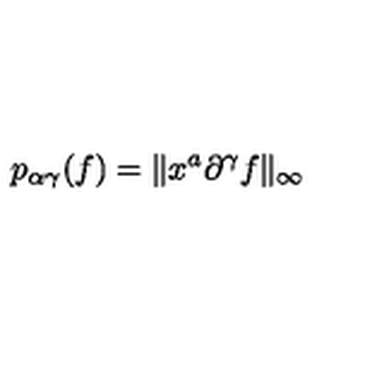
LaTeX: p _ { \alpha \gamma } ( f ) = \Vert x ^ { a } \partial ^ { \gamma } f \Vert _ { \infty }